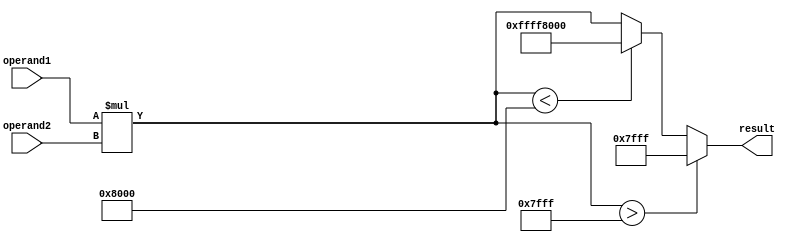
module fixed_point_multiplier (
    input signed [15:0] operand1,
    input signed [15:0] operand2,
    output reg signed [31:0] result
);

reg signed [31:0] prod;

always @* begin
    prod = operand1 * operand2;
    // Handle overflow and saturation
    if (prod > 32767) begin
        result = 32767; // Saturation
    end else if (prod < -32768) begin
        result = -32768; // Saturation
    end else begin
        result = prod; // No overflow
    end
end

endmodule